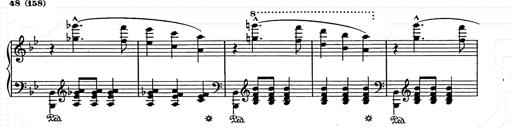
Title: Weihnachtsbaum
Composer: Franz Liszt